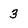
Character: 3